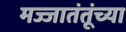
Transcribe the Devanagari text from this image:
मज्जातंतूंच्या